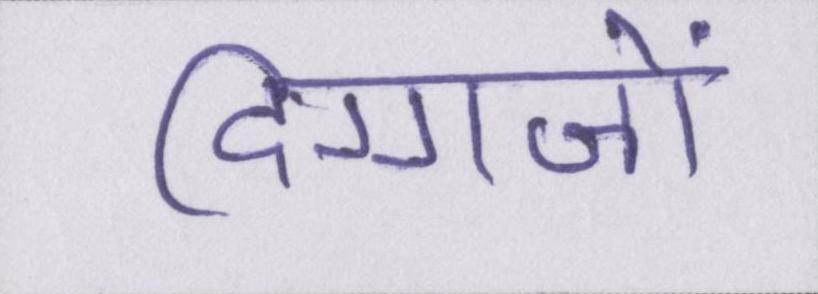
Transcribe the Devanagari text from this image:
दिग्गजों